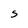
Character: S